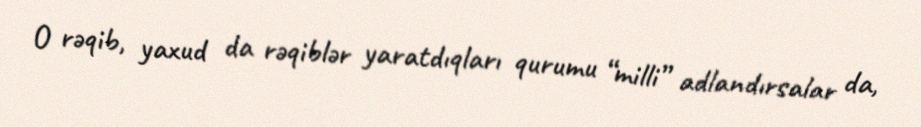
O rəqib, yaxud da rəqiblər yaratdıqları qurumu “milli” adlandırsalar da,